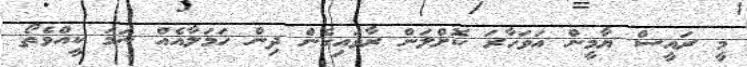
މީ ރައީސް ޔާމީން އަވަހާރަ ކޮށްލަން ރާވައިގެން ދިން ހަމަލާއެއް ނަމަ ކީއްވެތޯ